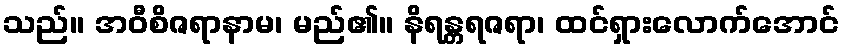
သည်။ အဝီစိဇရာနာမ၊ မည်၏။ နိရန္တရဇရာ၊ ထင်ရှားလောက်အောင်